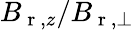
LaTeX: B_{\mathrm{~r~},z}/B_{\mathrm{~r~},\perp}